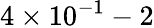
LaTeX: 4\times 10^{-1}-2